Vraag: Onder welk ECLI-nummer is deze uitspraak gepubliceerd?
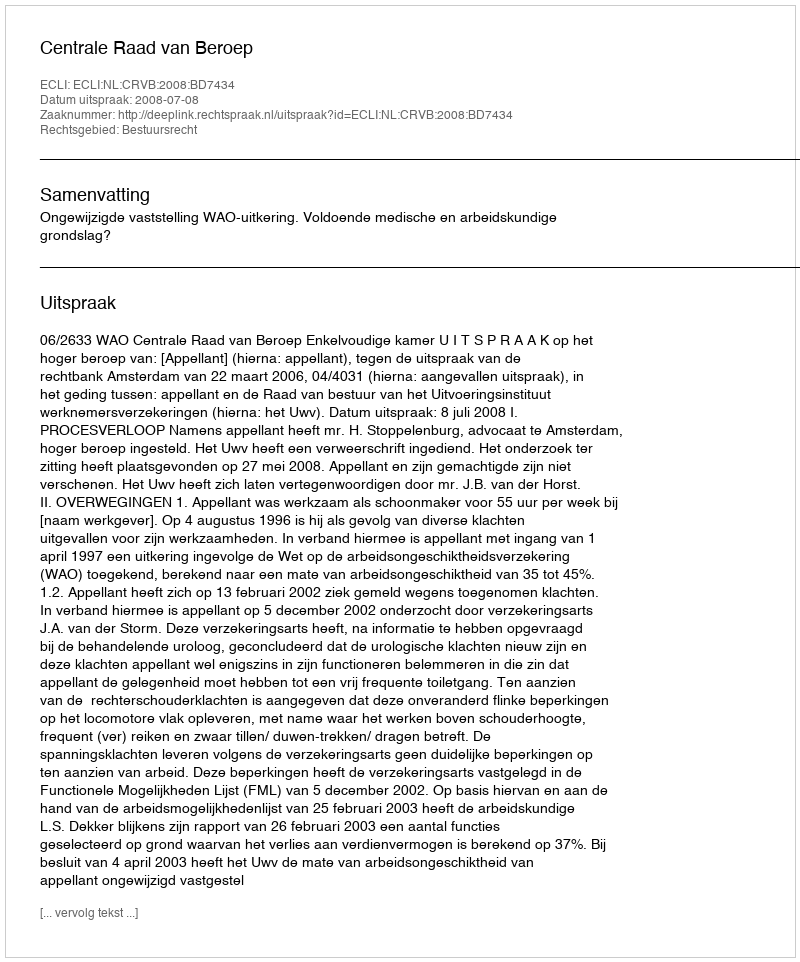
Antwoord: ECLI:NL:CRVB:2008:BD7434